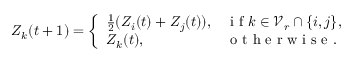
\begin{array} { r } { Z _ { k } ( t + 1 ) = \left\{ \begin{array} { l l } { \frac 1 2 ( Z _ { i } ( t ) + Z _ { j } ( t ) ) , } & { \mathrm { ~ i ~ f ~ } k \in \mathcal { V } _ { r } \cap \{ i , j \} , } \\ { Z _ { k } ( t ) , } & { \mathrm { ~ o ~ t ~ h ~ e ~ r ~ w ~ i ~ s ~ e ~ } . } \end{array} \right. } \end{array}